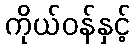
ကိုယ်ဝန်နှင့်